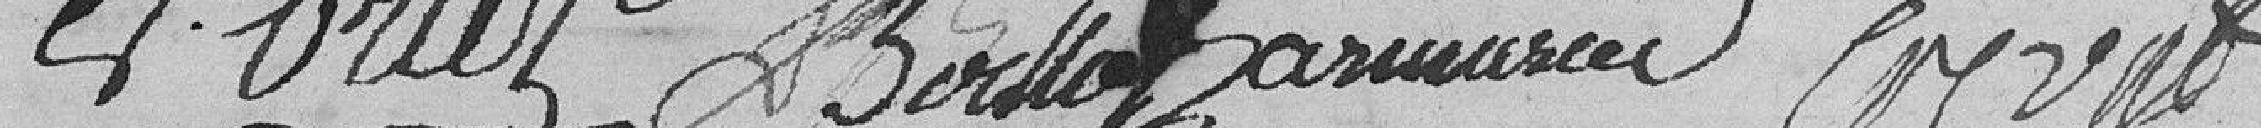
F. ORIEZ     BOILLOT      BARMARIER     ???